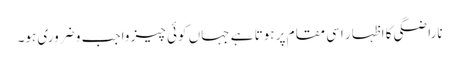
ناراضگی کا اظہار اسی مقام پر ہوتا ہے جہاں کوئی چیز واجب و ضروری ہو۔